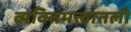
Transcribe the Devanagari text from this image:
व्यक्तिमत्त्वातली